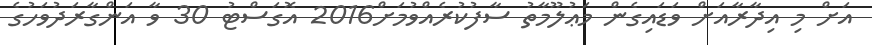
އަށް މި އިދާރާއަށް ވަޑައިގެން މަޢުލޫމާތު ސާފުކުރެއްވުމަށް2016 އޮގަސްޓު 30 ވާ އަންގާރަދުވަހުގެ